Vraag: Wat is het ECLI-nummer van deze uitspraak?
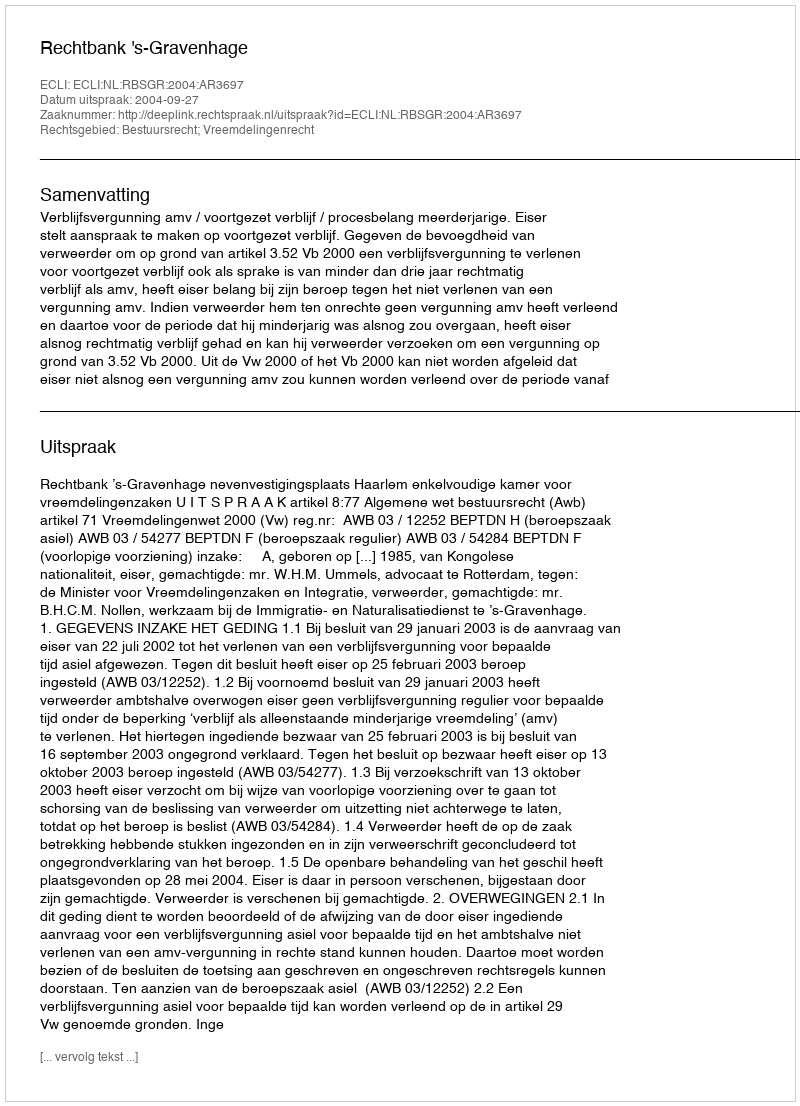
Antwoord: ECLI:NL:RBSGR:2004:AR3697